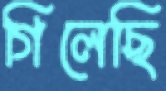
গিলেছি